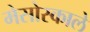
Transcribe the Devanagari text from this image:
मेसोस्काले